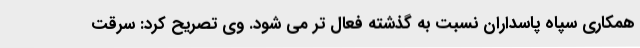
همکاری سپاه پاسداران نسبت به گذشته فعال تر می شود. وی تصریح کرد: سرقت